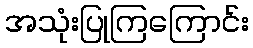
အသုံးပြုကြကြောင်း